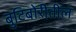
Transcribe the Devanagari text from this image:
बुटिबोरीतील